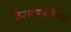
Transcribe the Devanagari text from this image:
केशवपनाविरुद्धही